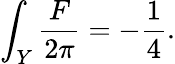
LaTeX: \int_{Y}{\frac{F}{2\pi}}=-{\frac{1}{4}}.